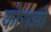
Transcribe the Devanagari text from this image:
कोराझो